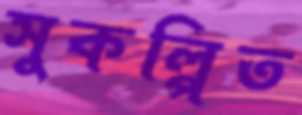
সুকল্পিত